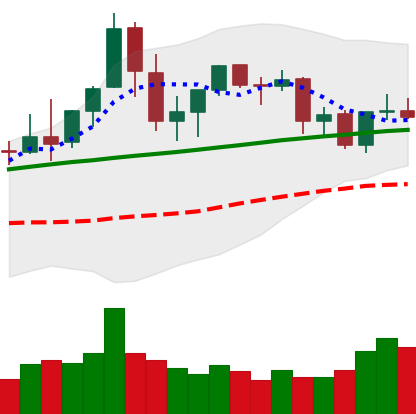
Ticker: ETC-USD
Chart end date: 2021-08-29
Forward return: 10.273%
Label: up_7plus